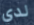
لدي